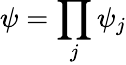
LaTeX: \psi=\prod_{j}\psi_{j}